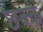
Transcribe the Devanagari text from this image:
छक्‍के